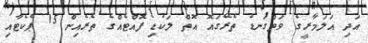
އަދި އަލަމާރީގެ ވަތްގަނޑު ތެރޭގައޮ އޮތް ލަކުޑި ފޮއްޓެއްގެ ތެރެއިން 15 ޕެކެޓާއި